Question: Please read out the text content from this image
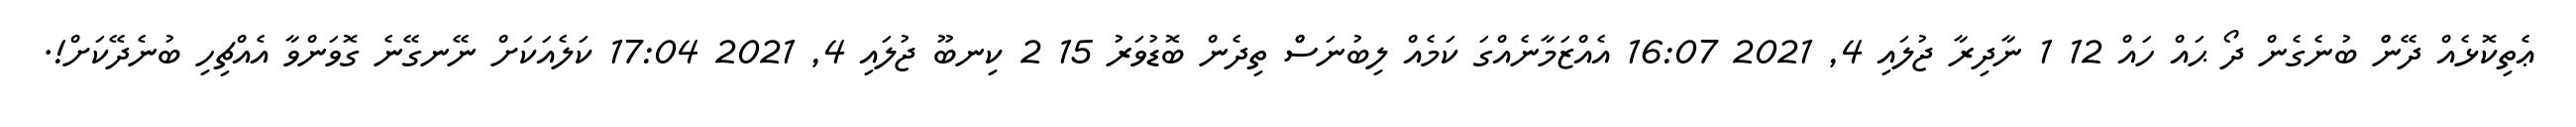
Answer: ޢެތިކޮޅެއް ދޭންް ބުނެގެން ދޯ ޙައް ހައް 12 1 ނާދިރާ ޖުލައި 4, 2021 16:07 އެއްޒަމާނެއްގަ ކަމެއް ލިބުނަސްް ތިދެން ބޮޑުވަރު 15 2 ކިނބޫ ޖުލައި 4, 2021 17:04 ކަލެއަކަށް ނޭނގޭނެ ގޮވަންވާ އެއްޗިހި ބުނެދޭކަށް!.